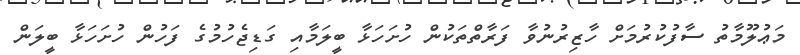
މަޢުލޫމާތު ސާފުކުރުމަށް ހާޒިރުނުވާ ފަރާތްތަކުން ހުށަހަޅާ ބީލަމާއި ގަޑިޖެހުމުގެ ފަހުން ހުށަހަޅާ ބީލަން